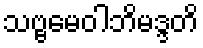
သဗ္ဗမေဝါဘိမဒ္ဒတိ